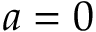
a = 0